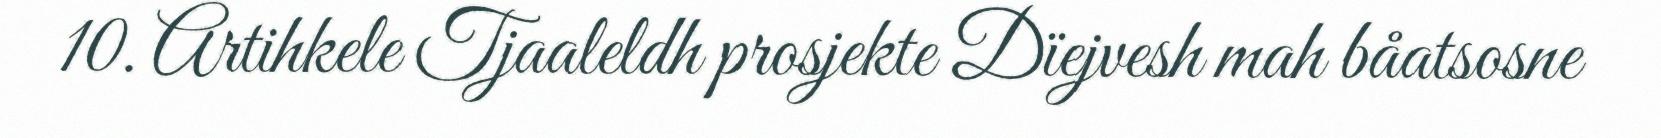
10. Artihkele Tjaaleldh prosjekte Dïejvesh mah båatsosne